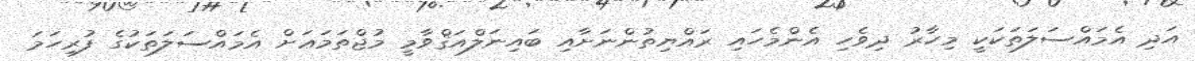
އަދި އެމައްސަލަތަކަކީ މިހާރު ދިވެހި އެންމެހައި ރައްޔިތުންނަށާއި ބައިނަލްއަޤްވާމީ މުޖްތަމަޢަށް އެމައްސަލަތަކުގެ ފުރިހަމަ